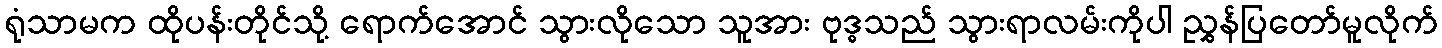
ရုံသာမက ထိုပန်းတိုင်သို့ ရောက်အောင် သွားလိုသော သူအား ဗုဒ္ဓသည် သွားရာလမ်းကိုပါ ညွှန်ပြတော်မူလိုက်